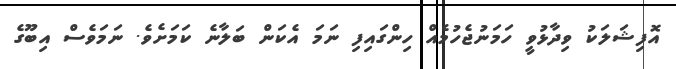
އޮފިޝަލަކު ވިދާޅުވީ ހަމަނުޖެހުމެއް ހިންގައިފި ނަމަ އެކަން ބަލާނެ ކަމަށެވެ. ނަމަވެސް އިބޫގެ